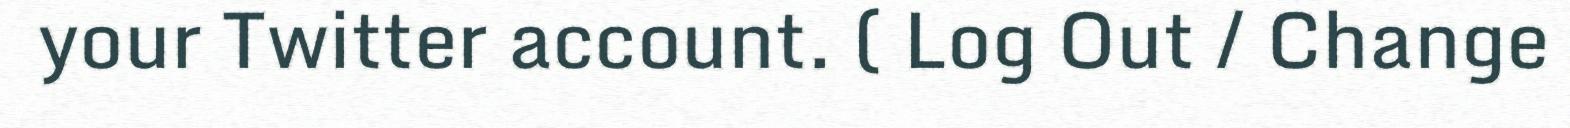
your Twitter account. ( Log Out / Change